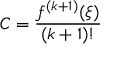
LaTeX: C = { \frac { f ^ { ( k + 1 ) } ( \xi ) } { ( k + 1 ) ! } }